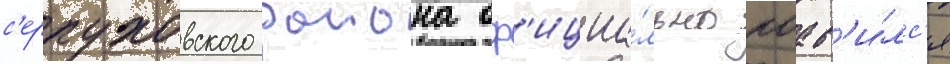
с'ерпуховского раиона оф'ициа́льно поав'и́лс'я